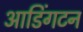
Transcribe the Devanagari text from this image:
आडिंगटन